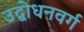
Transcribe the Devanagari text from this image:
उद्बोधनवर्ग